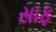
સાફ